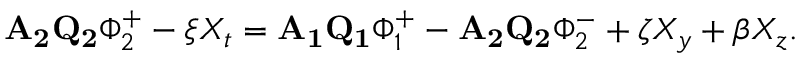
\mathbf { A _ { 2 } Q _ { 2 } } \Phi _ { 2 } ^ { + } - \xi X _ { t } = \mathbf { A _ { 1 } Q _ { 1 } } \Phi _ { 1 } ^ { + } - \mathbf { A _ { 2 } Q _ { 2 } } \Phi _ { 2 } ^ { - } + \zeta X _ { y } + \beta X _ { z } .